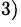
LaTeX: ^{3)}